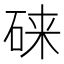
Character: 𱴄